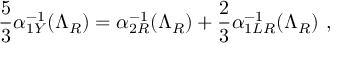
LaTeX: \frac { 5 } { 3 } \alpha _ { 1 Y } ^ { - 1 } ( \Lambda _ { R } ) = \alpha _ { 2 R } ^ { - 1 } ( \Lambda _ { R } ) + \frac { 2 } { 3 } \alpha _ { 1 L R } ^ { - 1 } ( \Lambda _ { R } ) \ ,